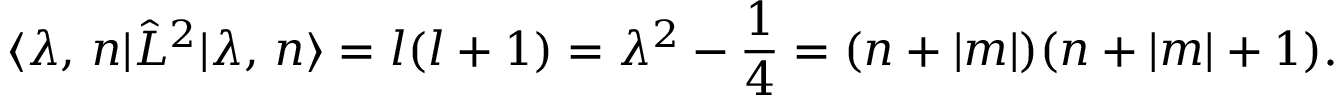
\langle \lambda , \, n | \hat { L } ^ { 2 } | \lambda , \, n \rangle = l ( l + 1 ) = \lambda ^ { 2 } - \frac 1 4 = ( n + | m | ) ( n + | m | + 1 ) .